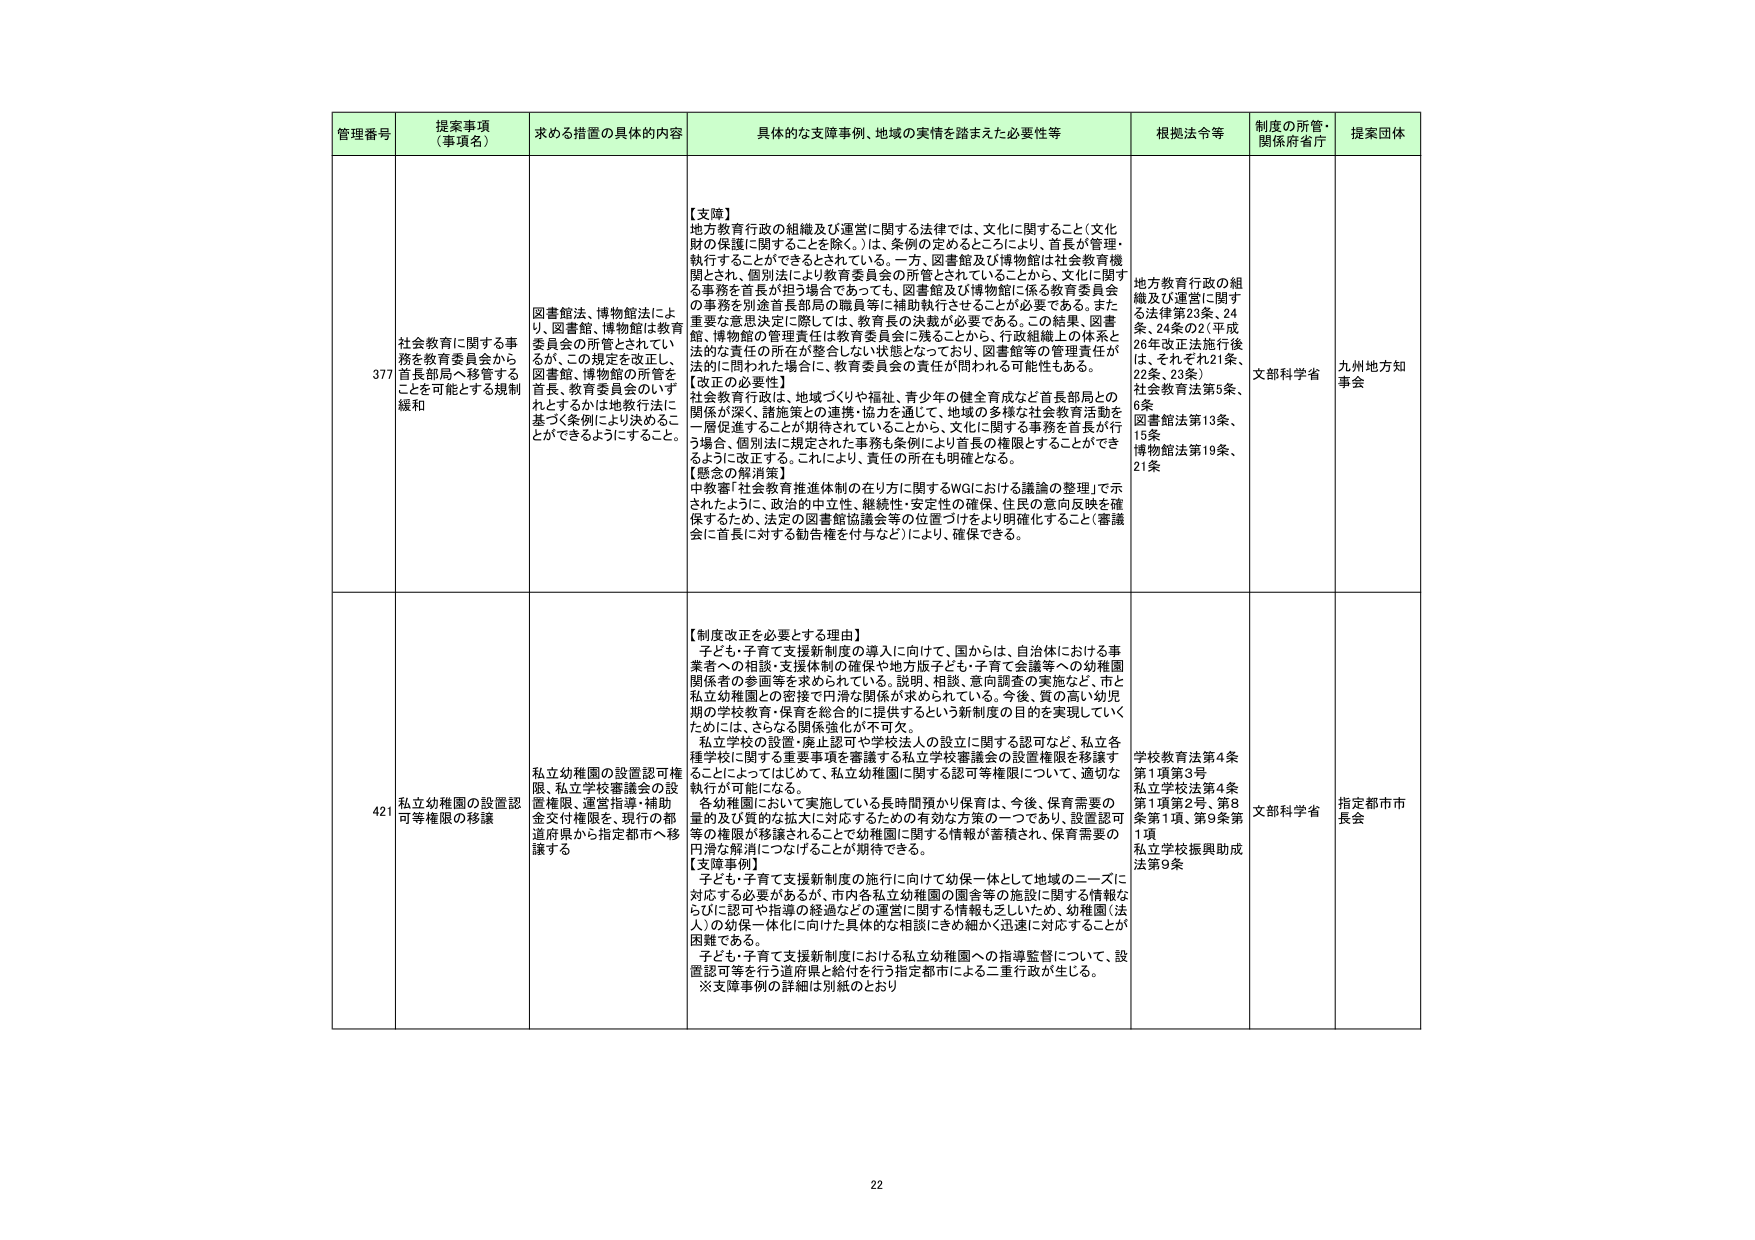
管理番号 提案事項（事項名） 求める措置の具体的内容 具体的な支障事例、地域の実情を踏まえた必要性等 根拠法令等 制度の所管・関係府省庁 提案団体

377 社会教育に関する事務を教育委員会からことを郡局へ移管する規制緩和 図書館法、博物館法により、図書館、博物館は教育委員会の所管とされているが、この規定を改正し、図書館、博物館の所管を首長、教育委員会のいずれとするかは地教行法に基づく条例により決めることができるようにすること。 【支障】 地方教育行政の組織及び運営に関する法律では、文化に関すること（文化財の保護に関することを除く。）は、条例の定めるところにより、首長が管理・執行することができるとしている。一方、図書館及び博物館は社会教育機関とされ、個別法により教育委員会の所管とされていることから、文化に関する事務を首長が担う場合であっても、図書館及び博物館に係る教育委員会の事務を別途首長部局の職員等に補助執行させることが必要である。また重要な意思決定に際しては、教育首長の決裁が必要である。この結果、図書館、博物館の管理責任は教育委員会に残ることから、行政組織上の体系と法的な責任の所在が整合しない状態となっており、図書館等の管理責任が法的に問われた場合に、教育委員会の責任が問われる可能性もある。 【改正の必要性】 社会教育行政は、地域づくりや福祉、青少年の健全育成など首長部局との関係が深く、諸施策との連携・協力を通じて、地域の多様な社会教育活動を一層促進することが期待されていることから、文化に関する事務を首長が担う場合、個別法に規定された事務も条例により首長の権限とすることができるように改正する。これにより、責任の所在も明確となる。 【懸念の解消策】 中教審「社会教育推進体制の在り方に関するWGにおける議論の整理」で示されたように、政治的中立性、継続性・安定性の確保、住民の意向反映を確保するため、法定の図書館協議会等の位置づけをより明確化すること（審議会に首長に対する勧告権を付与など）により、確保できる。 地方教育行政の組織及び運営に関する法律第23条、24条、24条の2（平成26年改正法施行後は、それぞれ21条、22条、23条） 社会教育法第5条、6条 図書館法第13条、15条 博物館法第19条、21条 文部科学省 九州地方知事会

421 私立幼稚園の設置認可等権限の移譲 私立幼稚園の設置認可権限、私立学校審議会の設置権限、運営指導・補助金交付権限を、現行の都道府県から指定都市へ移譲する 【制度改正を必要とする理由】 子ども・子育て支援新制度の導入に向けて、国からは、自治体における事業者への相談・支援体制の確保や地方版子ども・子育て会議等への幼稚園関係者の参画等を求められている。説明、相談、意向調査の実施など、市と私立幼稚園との密接で円滑な関係が求められている。今後、質の高い幼児期の学校教育・保育を総合的に提供するという新制度の目的を実現していくためには、さらなる関係強化が不可欠。 私立学校の設置・廃止認可や学校法人の設立に関する認可など、私立各種学校に関する重要事項を審議する私立学校審議会の設置権限を移譲することによってはじめて、私立幼稚園に関する認可等権限について、適切な執行が可能になる。 各幼稚園において実施している長時間預かり保育は、今後、保育需要の量的及び質的な拡大に対応するための有効な方策の一つであり、設置認可等の権限が移譲されることで幼稚園に関する情報が蓄積され、保育需要の円滑な解消につなげることが期待できる。 【支障事例】 子ども・子育て支援新制度の施行に向けて幼保一体として地域のニーズに対応する必要があるが、市内各私立幼稚園の園舎等の施設に関する情報ならびに認可や指導の経過などの運営に関する情報も乏しいため、幼稚園（法人）の幼保一体化に向けた具体的な相談にきめ細かく迅速に対応することが困難である。 子ども・子育て支援新制度における私立幼稚園への指導監督について、設置認可等を行う道府県と給付を行う指定都市による二重行政が生じる。 ※支障事例の詳細は別紙のとおり 学校教育法第4条第1項第3号 私立学校法第4条第1項第2号、第8条第1項、第9条第1項 私立学校振興助成法第9条 文部科学省 指定都市市長会

22